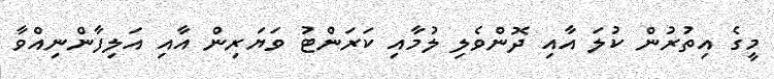
މީގެ އިތުރުން ކުލަ އާއި ދޮންވެލި ލުމާއި ކަރަންޓު ވަޔަރިން އާއި އަލިފާންނިއްވާ